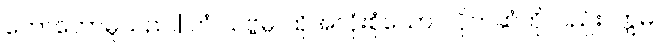
ဟောတော်မူသည်။] တံ သဗ္ဗမ္ပိ၊ ထိုအလုံးစုံသော ပဲပိုက်ဆံကိုလည်း။ ဣဓ၊